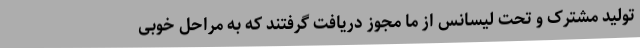
تولید مشترک و تحت لیسانس از ما مجوز دریافت گرفتند که به مراحل خوبی